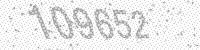
Solution: 109652